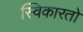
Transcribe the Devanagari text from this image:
स्विकारतो